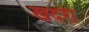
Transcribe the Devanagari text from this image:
खदरी